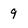
Character: 9